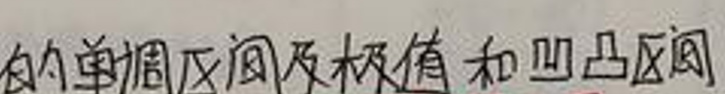
的单调区间及极值和凹凸区间